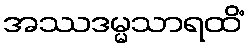
အဿဒမ္မသာရထိံ